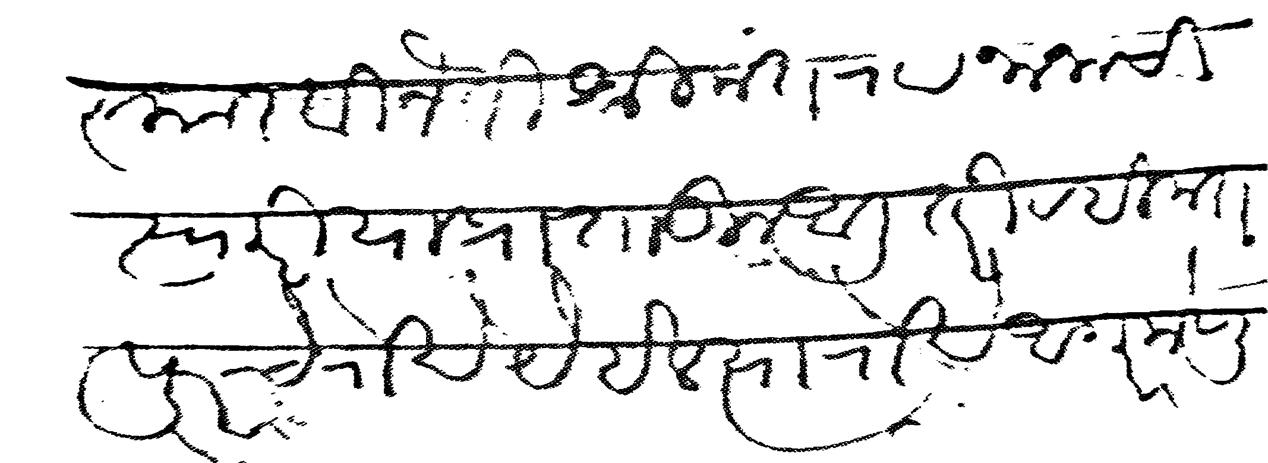
Transliteration (Devanagari): नमस्कार विनंती श्रीमंत रा नानाची स्वारी या प्रांतातून आली तरी रहिमतपुरचे रोखे येईल त्या रोखे अगर मेणुली